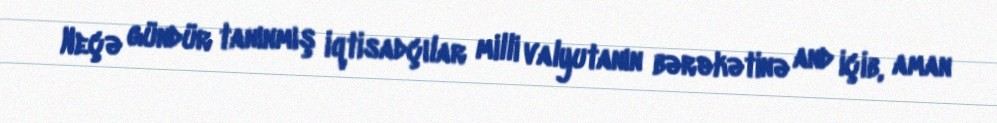
Neçə gündür tanınmış iqtisadçılar milli valyutanın bərəkətinə and içib, aman